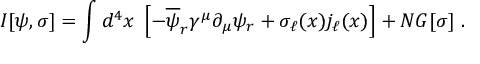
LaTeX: I [ \psi , \sigma ] = \int d ^ { 4 } x \; \left[ - \overline { { { \psi } } } _ { r } \gamma ^ { \mu } \partial _ { \mu } \psi _ { r } + \sigma _ { \ell } ( x ) j _ { \ell } ( x ) \right] + N G [ \sigma ] \; .